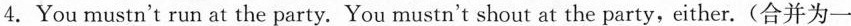
4.You mustn't run at the party. You mustn't shout at the party,either.(合并为一